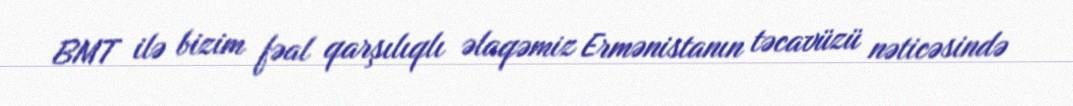
BMT ilə bizim fəal qarşılıqlı əlaqəmiz Ermənistanın təcavüzü nəticəsində